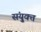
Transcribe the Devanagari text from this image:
संयु्क्त